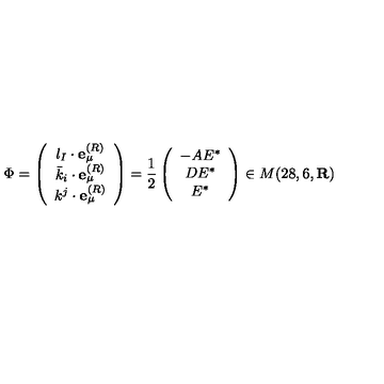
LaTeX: { \Phi } = \left( \begin{array} { c } { l _ { I } \cdot { \bf e } _ { \mu } ^ { ( R ) } } \\ { { \bar { k } } _ { i } \cdot { \bf e } _ { \mu } ^ { ( R ) } } \\ { k ^ { j } \cdot { \bf e } _ { \mu } ^ { ( R ) } } \\ \end{array} \right) = { \frac { 1 } { 2 } } \left( \begin{array} { c } { - A E ^ { * } } \\ { D E ^ { * } } \\ { E ^ { * } } \\ \end{array} \right) \in M ( 2 8 , 6 , { \bf R } )